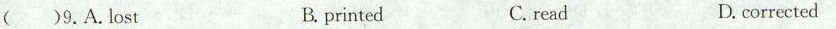
( )9.A.lost B. printed C. read D.corrected